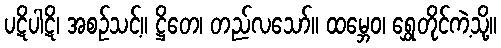
ပဋိပါဋိ၊ အစဉ်သင့်။ ဋ္ဌိတေ၊ တည်လသော်။ ထမ္ဘေဝ၊ ရွှေတိုင်ကဲ့သို့။